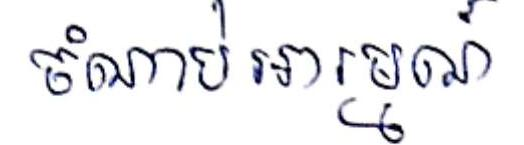
ចំណាប់អារម្មណ៍